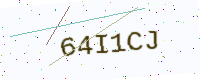
Text: 64I1CJ